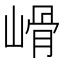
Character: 𡻋